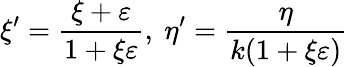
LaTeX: \xi^{\prime}={\frac{\xi+\varepsilon}{1+\xi\varepsilon}},\ \eta^{\prime}={\frac{\eta}{k(1+\xi\varepsilon)}}